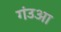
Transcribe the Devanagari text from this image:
गंउआ